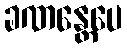
ခဏန္တေပေ